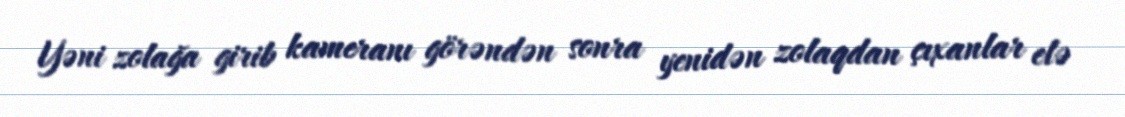
Yəni zolağa girib kameranı görəndən sonra yenidən zolaqdan çıxanlar elə